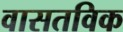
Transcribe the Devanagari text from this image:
वासतविक